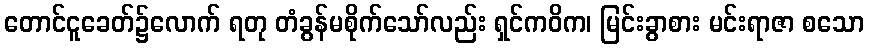
တောင်ငူခေတ်၌လောက် ရတု တံခွန်မစိုက်သော်လည်း ရှင်ကဝိက၊ မြင်းခွာစား မင်းရာဇာ စသော